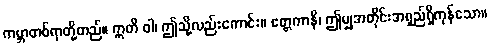
ကမ္ဘာတစ်ရာတို့တည်။ ဣတိ ဝါ၊ ဤသို့လည်းကောင်း။ ဧတ္တကာနိ၊ ဤမျှအတိုင်းအရှည်ရှိကုန်သော။